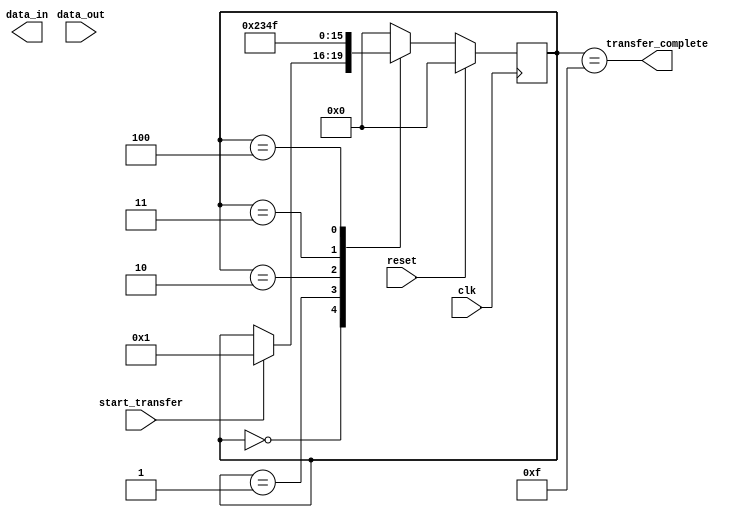
module spi_master (
  input wire clk,
  input wire reset,
  input wire start_transfer,
  output wire transfer_complete,
  input wire [7:0] data_out,
  output wire [7:0] data_in
);

parameter DATA_WIDTH = 8;
parameter CLK_FREQUENCY = 1_000_000;
parameter SLAVE_ADDRESS = 4'h0A;

reg [DATA_WIDTH-1:0] shift_reg;
reg [7:0] received_data;
reg [3:0] state;

assign transfer_complete = (state == 4'hF);

always @(posedge clk) begin
  if (reset) begin
    shift_reg <= 0;
    state <= 4'h0;
  end else begin
    case (state)
      4'h0: begin // Idle state
        if (start_transfer) begin
          shift_reg <= data_out;
          state <= 4'h1;
        end
      end
      4'h1: begin // Shift data out
        shift_reg <= {shift_reg[DATA_WIDTH-2:0], shift_reg[DATA_WIDTH-1]};
        state <= 4'h2;
      end
      4'h2: begin // Select slave device
        // Your code for selecting slave device here
        state <= 4'h3;
      end
      4'h3: begin // Transfer data
        // Your code for transferring data here
        state <= 4'h4;
      end
      4'h4: begin // Receive data
        received_data <= data_in;
        state <= 4'hF;
      end
      default: state <= 4'h0;
    endcase
  end
end

endmodule